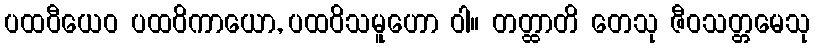
ပထဝီယေဝ ပထဝိကာယော, ပထဝိသမူဟော ဝါ။ တတ္ထာတိ တေသု ဇီဝသတ္တမေသု